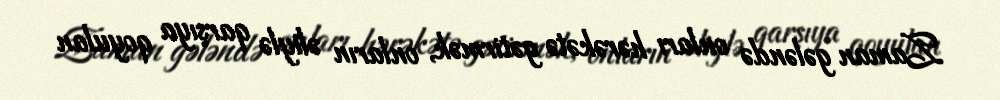
Zaman gələndə onları hərəkətə gətirmək, onların əliylə qarşıya qoyulan